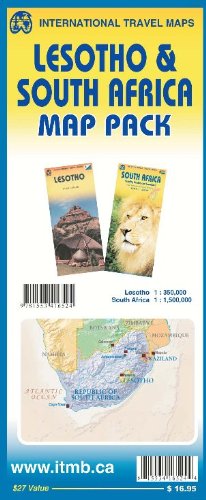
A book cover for Map Pack - Lesotho & South Africa; ITMB Publishing Ltd.; Travel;